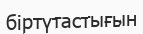
біртүтастығын